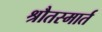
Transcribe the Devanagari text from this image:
श्रौतस्मार्त